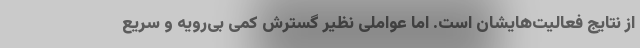
از نتایج فعالیت‌هایشان است. اما عواملی نظیر گسترش کمی بی‌رویه و سریع